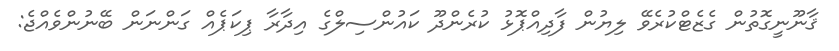
ޤާނޫނީގޮތުން ގެޒެޓްކުރެވޭ ލިޔުން ފާދިއްޕޮޅު ކުރެންދޫ ކައުންސިލްގެ އިދާރާ ޕިކަޕެއް ގަންނަން ބޭނުންވެއްޖެ: